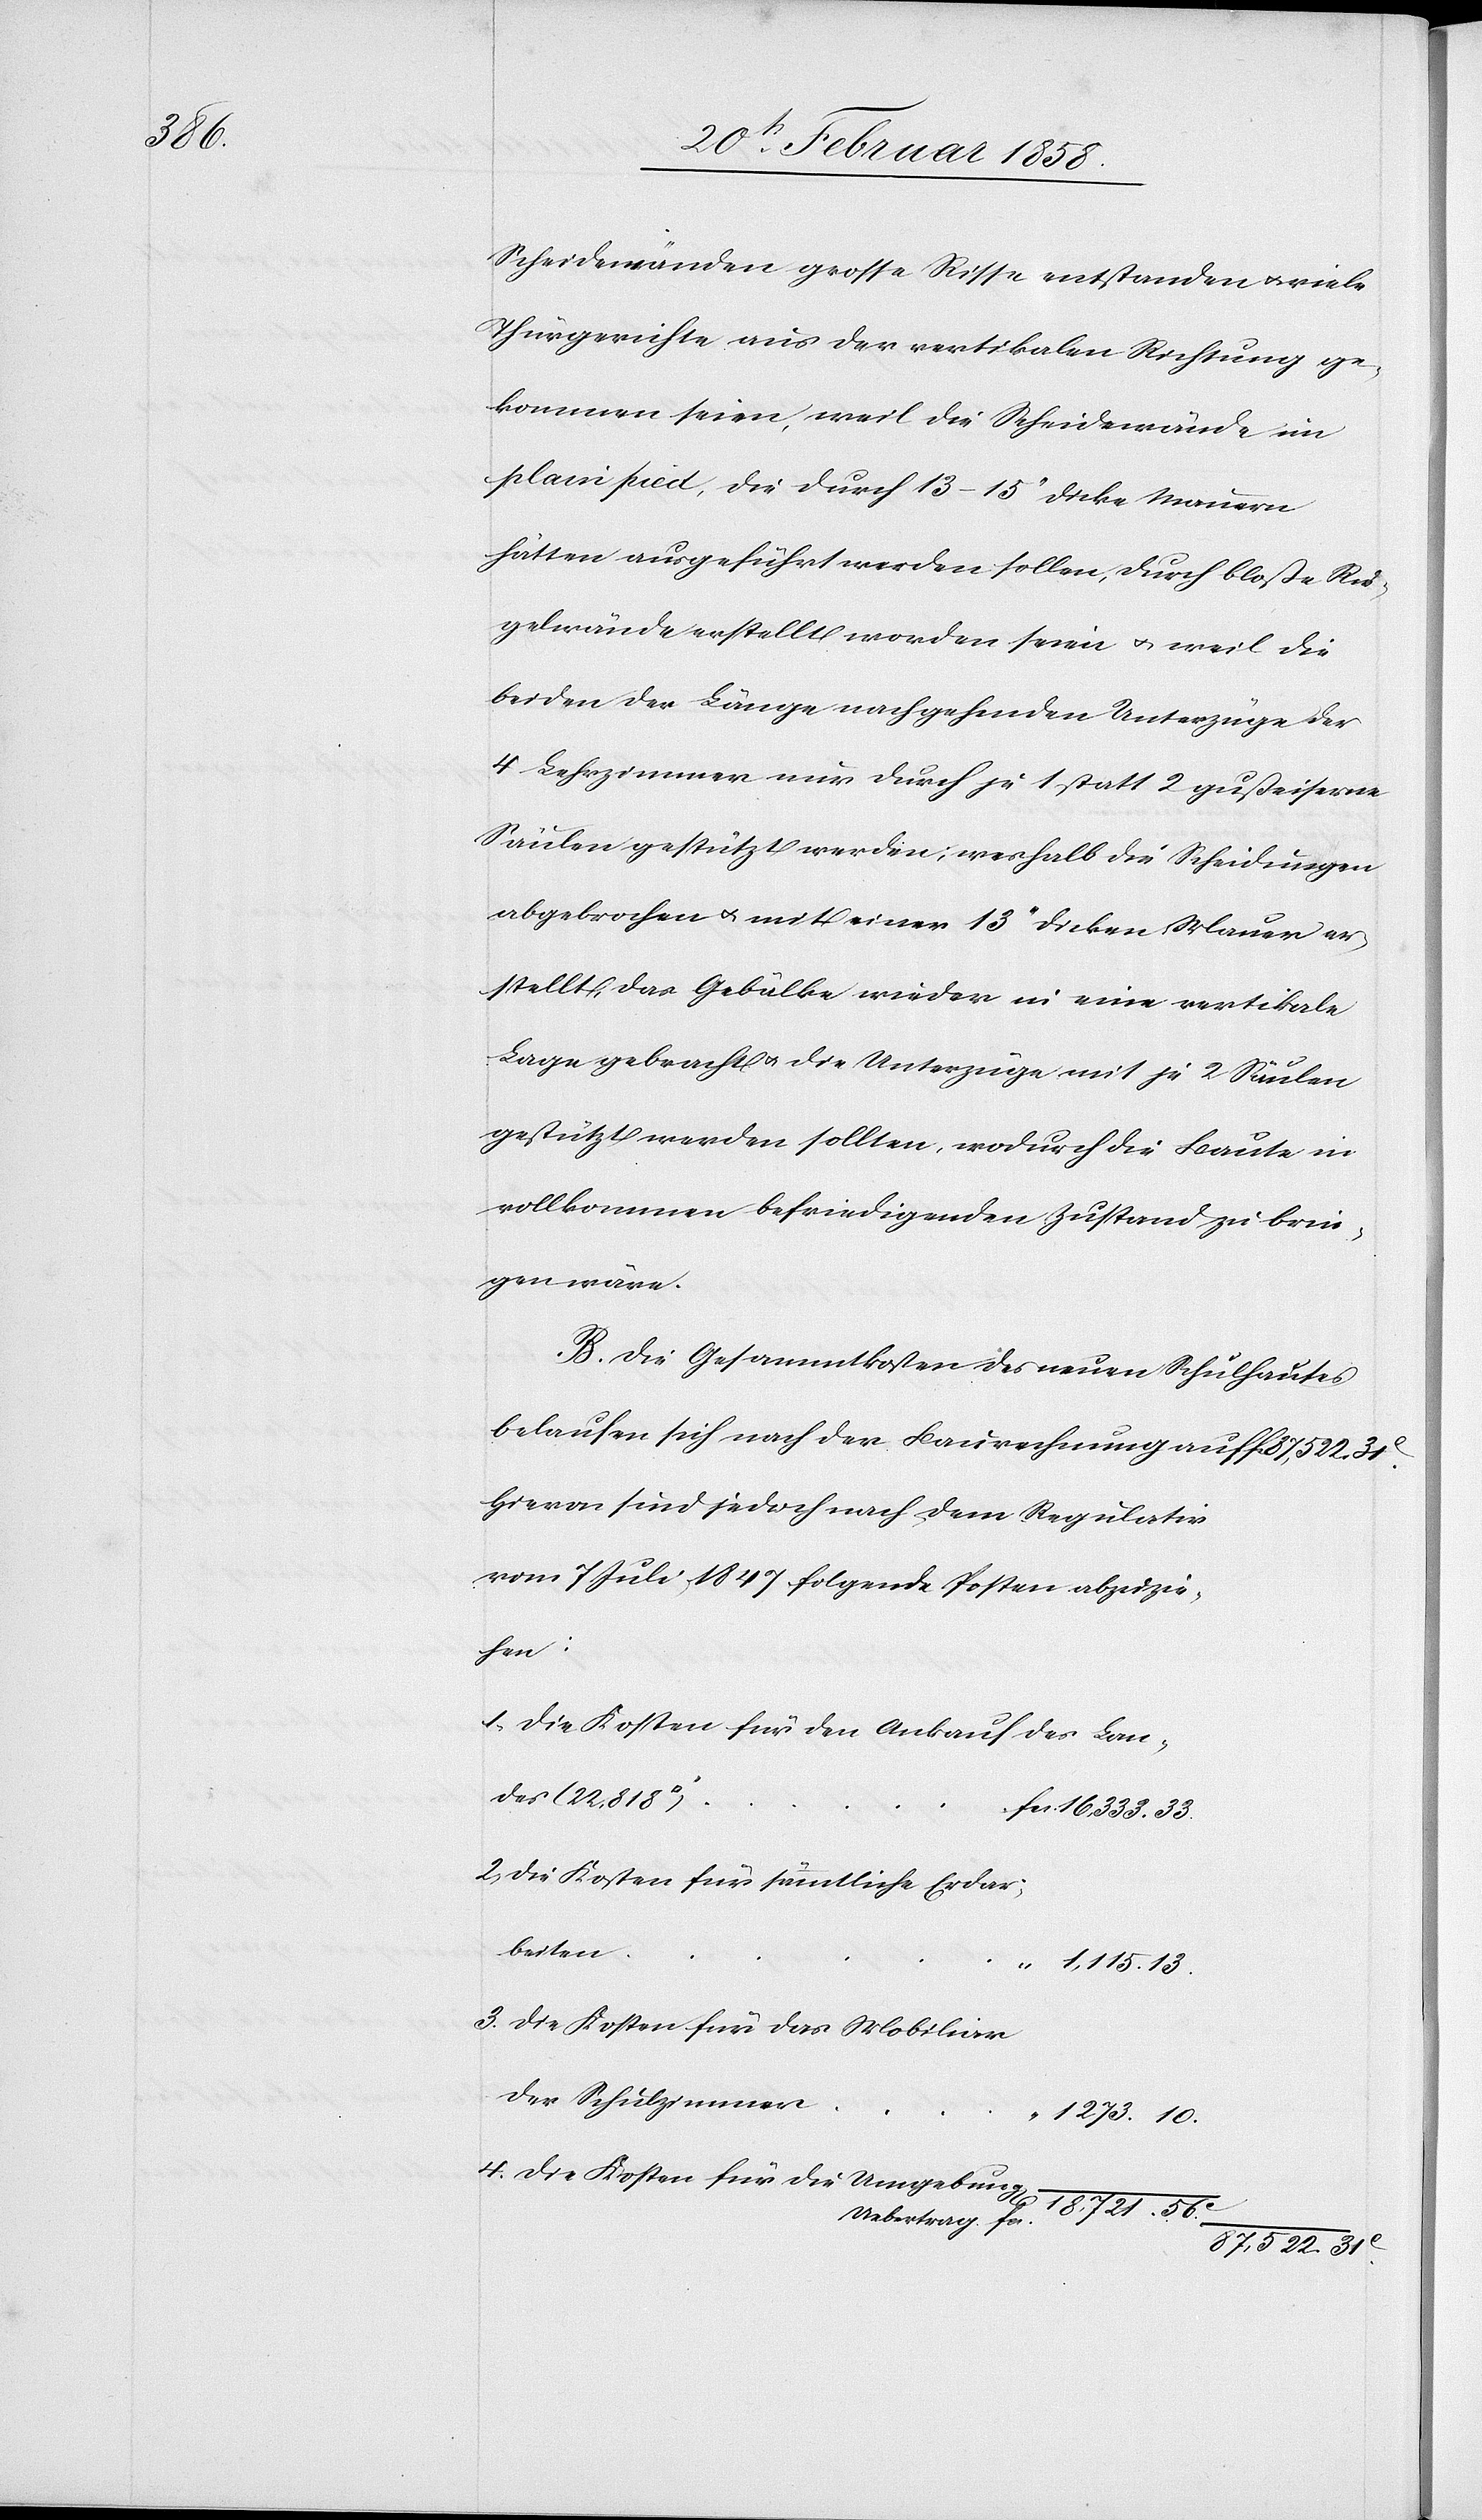
31.

Scheidewänden grosse Risse entstanden u. viele
Thürgerichte aus der vertikalen Richtung ge¬
kommen seien, weil die Scheidewände im
plain pied, die durch 13–15’’ dicke Mauern
hätten ausgeführt werden sollen, durch bloße Rie¬
gelwände erstellt worden seien u. weil die
beiden der Länge nachgehenden Unterzüge der
4 Lehrzimmer nur durch je 1 statt 2 gußeiserne
Säulen gestützt werden; weshalb die Scheidungen
abgebrochen u. mit einer 13’’ dicken Mauer er¬
stellt, das Gebälke wieder in eine vertikale
Lage gebracht u. die Unterzüge mit je 2 Säulen
gestützt werden sollten, wodurch die Baute in
vollkommenen befriedigenden Zustand zu brin¬
gen wäre.
B. Die Gesammtkosten des neuen Schulhauses
belaufen sich nach der Baurechnung auf
Hievon sind jedoch nach dem Regulativ
vom 7 Juli 1847 folgende Posten abzuzie¬
hen:
1. die Kosten für den Ankauf des Lan¬
des (22,818
2. die Kosten für sämmtliche Erdar¬
beiten
10.
3. die Kosten für das Mobiliar
der Schulzimmer
4. die Kosten für die Umgebung
Uebertrag
87,522.